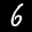
Label: 6